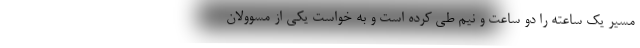
مسیر یک ساعته را دو ساعت و نیم طی کرده است و به خواست یکی از مسوولان